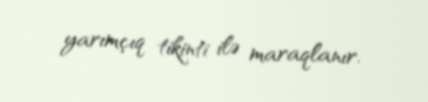
yarımçıq tikinti ilə maraqlanır.